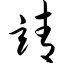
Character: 靖